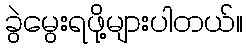
ခွဲမွေးရဖို့များပါတယ်။